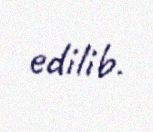
edilib.